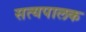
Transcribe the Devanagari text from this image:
सत्यपालक